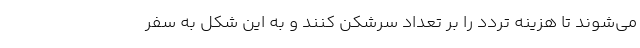
می‌شوند تا هزینه تردد را بر تعداد سرشکن کنند و به این شکل به سفر